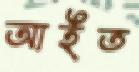
আইত